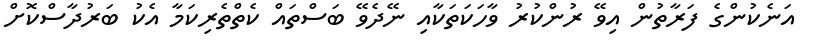
އަނެކުންގެ ފަރާތުން އިވޭ ރުންކުރު ވާހަކަތަކާއި ނޭދެވޭ ބަސްތައް ކެތްތެރިކަމާ އެކު ބަރުދާސްކޮށް